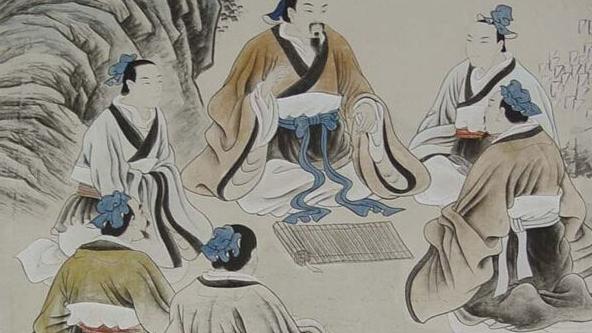
摩顶放踵利天下，为之。